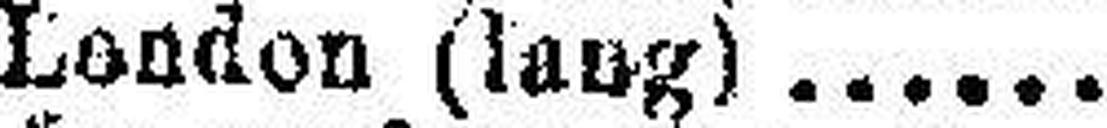
London (lang).